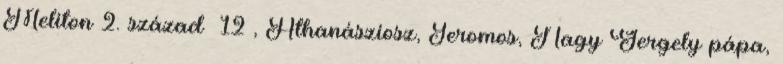
Meliton 2. század 12 , Athanásziosz, Jeromos, Nagy Gergely pápa,